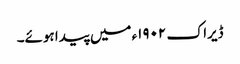
ڈیراک ١٩٠٢ء میں پیدا ہوئے۔